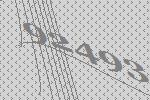
92493